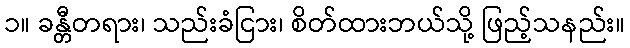
၁။ ခန္တီတရား၊ သည်းခံငြား၊ စိတ်ထားဘယ်သို့ ဖြည့်သနည်း။